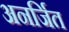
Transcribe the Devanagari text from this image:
अनर्जित